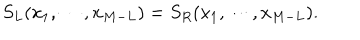
S _ { L } ( x _ { 1 } , \cdots , x _ { M - L } ) = S _ { R } ( x _ { 1 } , \cdots , x _ { M - L } ) .